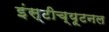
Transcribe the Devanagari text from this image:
इंस्टीच्यूटनल